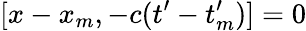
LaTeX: [x-x_{m},-c(t^{\prime}-t_{m}^{\prime})]=0